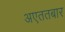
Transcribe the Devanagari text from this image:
अएततबार